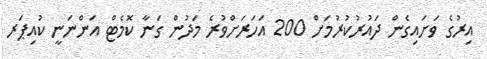
އިރުގެ ވަށައިގެން ދައުރުކުރުމަށް 200 އަހަރަށްވުރެ މަދުން ގަނާ ކޮމެޓް އަންނަނީ ކުއިޕަރ